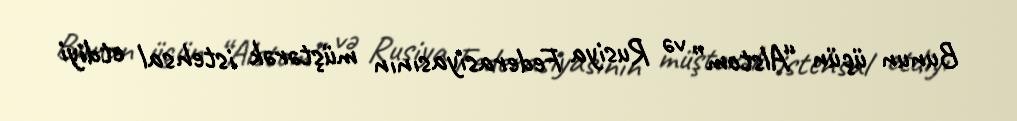
Bunun üçün “Alstom” və Rusiya Federasiyasının müştərək istehsal etdiyi